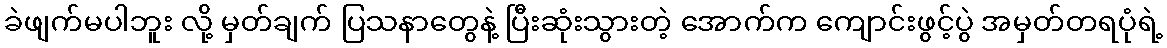
ခဲဖျက်မပါဘူး လို့ မှတ်ချက် ပြသနာတွေနဲ့ ပြီးဆုံးသွားတဲ့ အောက်က ကျောင်းဖွင့်ပွဲ အမှတ်တရပုံရဲ့